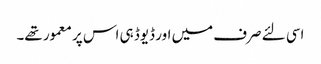
اسی لئے صرف میں اور ڈیوڈ ہی اس پر معمور تھے۔